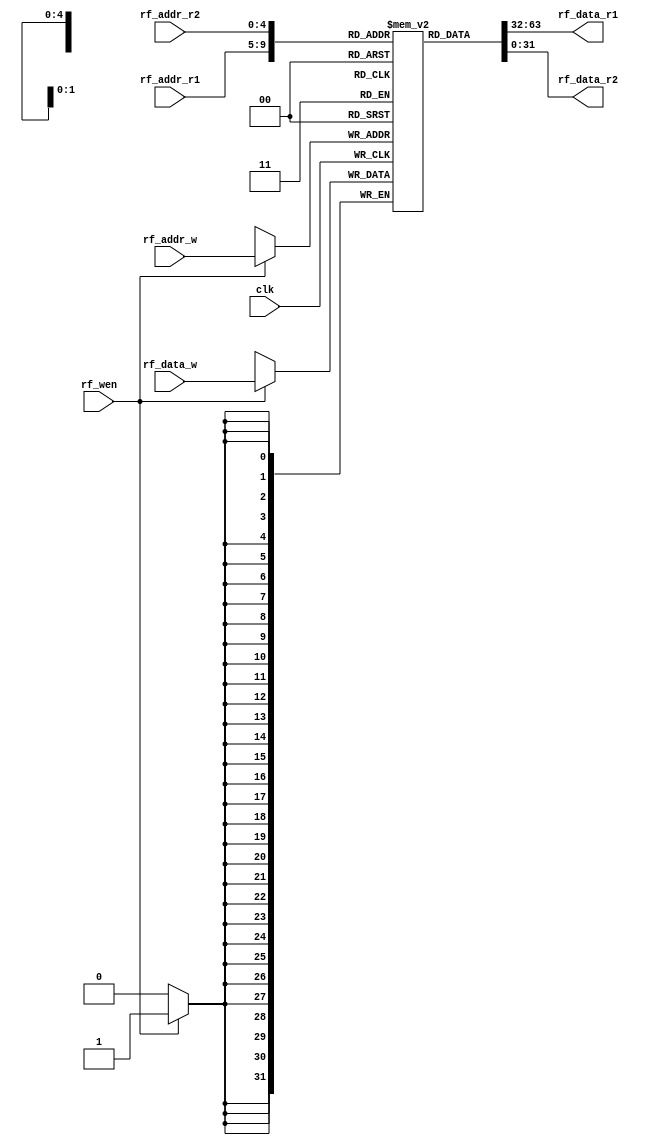
module RegFile(  
    input clk,  
    // 写使能信号  
    input rf_wen,  
    // 读地址  
    input [4:0] rf_addr_r1,  
    input [4:0] rf_addr_r2,  
    // 写入地址和写入数据  
    input [4:0] rf_addr_w,  
    input [31:0] rf_data_w,  
    // 输出端口  
    output reg [31:0] rf_data_r1,  
    output reg [31:0] rf_data_r2  
);
    reg [31:0] file[31:0];
    
    integer i;
    initial begin
        for (i=0; i<32; i=i+1) begin
            file[i] = 32'b0; 
        end
    end
    
    assign rf_data_r1 = file[rf_addr_r1];
    assign rf_data_r2 = file[rf_addr_r2];
    
    always @(negedge clk) begin
        if (rf_wen)
            file[rf_addr_w] <= rf_data_w;
    end

endmodule